Insane asylums Bombay 1873-77 - 1873-1877
Year: 1873
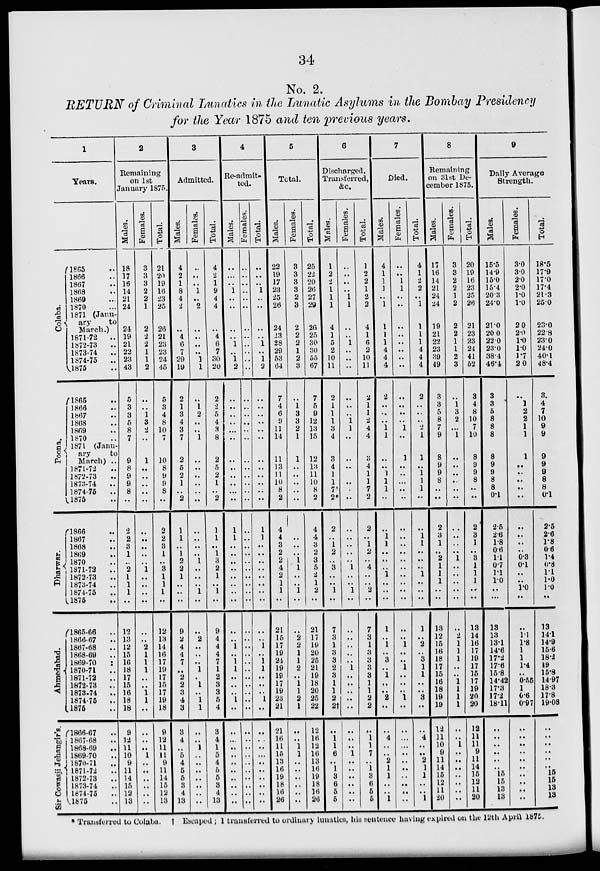
34
No. 2.
RETURN of Criminal Lunatics in the Lunatic Asylums in the Bombay Presidency
for the Year 1875 and ten previous years.
1
Years.
Colaba.
Poona.
Dharwar.
Ahmedabad.
Sir Cowasji Jehangir's
1865 ..
1866 ..
1867 ..
1868 ..
1869 ..
1870 ..
1871 (Janu.
ary
to
March.)
1871-72
..
1872-73
..
1873-74 ..
1874-75
..
1875 ..
1865 ..
1866 ..
1867 ..
1868 ..
1869 ..
1870 ..
1871 (Janu-
ary
to
March) ..
1871-72 ..
1872-73 ..
1873-74 ..
1874-75 ..
1875..
1866 ..
1867 ..
1868 ..
1869 ..
1870 ..
1871-73
..
1872-73
..
1873-74
..
1874-75
..
1875 ..
865-66 ..
1866-67 ..
1867-68 ..
1868-69 ..
1869-70
..
1870-71 ..
1871-72
..
1872-73
..
1873-74
..
1874-75
..
1875 ..
1866-67 ..
1867-68 ..
1868-69 ..
1869-70 ..
1870-71
..
1871-72 ..
1872-73 ..
1873-74 ..
1874-75 ..
1875 ..
2
Remaining
on 1st
January 1875.
Males.
18
17
16
14
21
24
24
19
21
22
23
43
5
3
3
5
8
7
9
8
9
9
8
..
2
2
3
1
..
2
1
1
1
..
12
13
12
15
16
18
17
15
16
18
18
9
12
11
10
9
11
14
15
12
13
Females.
3
3
3
2
2
1
2
2
2
1
1
2
..
..
1
3
2
..
1
..
..
..
..
..
..
..
..
..
..
1
..
..
..
..
..
..
2
1
1
1
..
..
1
1
..
..
..
..
1
..
..
..
..
..
..
Total.
21
20
19
16
23
25
26
21
23
23
24
45
5
3
4
8
10
7
10
8
9
9
8
..
2
2
3
1
3
1
1
1
..
12
13
14
16
17
19
17
15
17
19
18
9
12
11
11
9
11
14
15
12
13
3
Admitted.
Males.
4
2
1
8
4
2
..
4
6
7
29
19
2
1
3
4
3
7
2
5
2
1
..
2
1
1
..
1
2
2
1
..
..
..
9
2
4
4
7
..
2
2
3
4
3
3
4
..
5
4
5
5
8
4
13
Females.
..
..
..
1
..
2
..
..
..
..
1
1
..
1
2
..
..
1
..
..
..
..
..
..
..
..
..
..
1
..
..
..
1
..
..
2
..
..
..
1
..
1
..
1
1
..
..
1
..
..
..
..
..
..
..
Total.
4
2
1
9
4
4
..
4
6
7
30
20
2
2
5
4
3
8
2
5
2
1
..
2
1
1
..
1
3
2
1
..
1
..
9
4
4
4
7
1
2
3
3
5
4
3
4
1
5
4
5
5
3
4
13
4
Re-admit-
ted.
Males.
..
..
..
1
..
..
..
..
1
..
1
2
..
..
..
..
..
..
..
..
..
..
..
..
1
1
..
..
..
..
..
..
..
..
..
..
1
..
1
1
..
..
..
1
..
..
..
..
..
..
..
..
..
..
..
Females.
..
..
..
..
..
..
..
..
..
..
..
..
..
..
..
..
..
..
..
..
..
..
..
..
..
..
..
..
..
..
..
..
..
..
..
..
..
..
..
..
..
..
..
..
..
..
..
..
..
..
..
..
..
..
..
Total.
..
..
..
1
..
..
..
..
1
..
1
2
..
..
..
..
..
..
..
..
..
..
..
..
1
1
..
..
..
..
..
..
..
..
..
..
1
..
1
1
..
..
..
1
..
..
..
..
..
..
..
..
..
..
..
5
Total.
Males.
22
19
17
23
25
26
24
23
28
29
53
64
7
4
6
9
11
14
11
13
11
10
8
2
4
4
3
2
2
4
2
1
1
..
21
15
17
19
21
19
19
17
19
23
21
21
16
11
15
13
16
19
18
16
26
Females.
3
3
3
3
2
3
2
2
2
1
2
3
..
1
3
3
2
1
1
..
..
..
..
..
..
..
..
..
1
1
..
..
1
..
..
2
2
1
1
2
..
1
1
2
1
..
..
1
1
..
..
..
..
..
..
Total.
25
22
20
26
27
29
26
25
30
30
55
67
7
5
9
12
13
15
12
13
11
10
8
2
4
4
3
2
3
5
2
1
2
..
21
17
19
20
25
21
19
18
20
25
22
12
16
12
16
13
16
19
18
16
26
6
Discharged,
Transferred,
&c.
Males.
1
2
2
1
1
1
4
1
5
2
10
11
2
1
1
1
3
4
3
4
1
1
7*
2*
2
..
1
2
..
3
..
..
1
..
7
3
1
3
3
2
3
1
1
2
2†
..
1
1
6
..
1
3
6
5
5
Females.
..
..
..
..
1
1
..
..
1
..
..
..
..
..
..
1
1
..
..
..
..
..
..
..
..
..
..
..
..
1
..
..
1
..
..
..
..
..
..
1
..
..
..
..
..
..
..
..
1
..
..
..
..
..
..
Total.
1
2
2
1
2
2
4
1
6
2
10
11
2
1
1
2
4
4
3
4
1
1
7
2
2
..
1
2
..
4
..
..
2
..
7
3
1
3
3
3
3
1
1
2
2
..
1
1
7
..
1
3
6
5
5
7
Died.
Males.
4
1
1
1
..
1
1
1
1
4
4
4
2
..
..
..
1
1
..
..
1
1
1
..
..
1
1
..
..
..
1
..
..
..
1
..
1
..
3
..
1
..
..
2
..
..
4
..
..
2
1
1
..
..
1
Females.
..
..
1
1
..
..
..
..
..
..
..
..
..
..
..
..
1
..
1
..
..
..
..
..
..
..
..
..
..
..
..
..
..
..
..
..
1
..
..
1
..
..
..
1
..
..
..
..
..
..
..
..
..
..
..
Total.
4
1
2
2
..
1
1
1
1
4
4
4
2
..
..
..
2
1
1
..
1
1
1
..
..
1
1
..
..
..
1
..
..
..
1
..
2
..
3
1
1
..
..
3
..
..
4
..
..
2
1
1
..
..
1
8
Remaining
on 31st De-
cember 1875.
Males.
17
16
14
21
24
24
19
21
22
23
39
49
3
3
5
8
7
9
8
9
9
8
..
..
2
3
1
..
2
1
1
1
..
..
13
12
15
16
18
17
15
16
18
19
19
12
11
10
9
11
14
15
12
11
20
Females.
3
3
2
2
1
2
2
2
1
1
2
3
..
1
3
2
..
1
..
..
..
..
..
..
..
..
..
..
1
..
..
..
..
..
..
2
1
1
1
..
..
1
1
1
1
..
..
1
..
..
..
..
..
..
..
Total.
20
19
16
23
25
26
21
23
23
24
41
52
3
4
8
10
7
10
8
9
9
8
..
..
2
3
1
..
3
1
1
1
..
..
13
14
16
17
19
17
15
17
19
20
20
12
11
11
9
11
14
15
12
11
20
9
Daily Average
Strength.
Males.
15.5
14.9
15.0
15.4
20.3
24.0
21.0
20.0
22.0
23.0
38.4
46.4
3
3
5
8
8
8
8
9
9
8
8
0.1
2.5
2.6
1.8
0.6
1.1
0.7
1.1
1.0
..
..
13
13
13.1
14.6
17.2
17.6
15.8
14.42
17.3
17.2
18.11
..
..
..
..
..
..
15
15
13
13
Females.
3.0
3.0
2.0
2.0
1.0
1.0
2.0
2.0
1.0
1.0
1.7
2.0
..
1
2
2
1
1
1
..
..
..
..
..
..
..
..
..
0.3
0.1
..
..
1.0
..
..
1.1
1.8
1
1
1.4
..
0.55
1
0.6
0.97
..
..
..
..
..
..
..
..
..
..
Total.
18.5
17.9
17.0
17.4
21.3
25.0
23.0
22.8
23.0
24.0
40.1
48.4
3
4
7
10
9
9
9
9
9
8
8
0.1
2.5
2.6
1.8
0.6
1.4
0.8
1.1
1.0
1.0
..
13
14.1
14.9
15.6
18.2
19
15.8
14.97
18.3
17.8
19.08
..
..
..
..
..
..
15
15
13
13
*Transferred to Colaba. † Escaped ; 1 transferred to ordinary lunatics, his sentence having expired on the 12th April 1875.